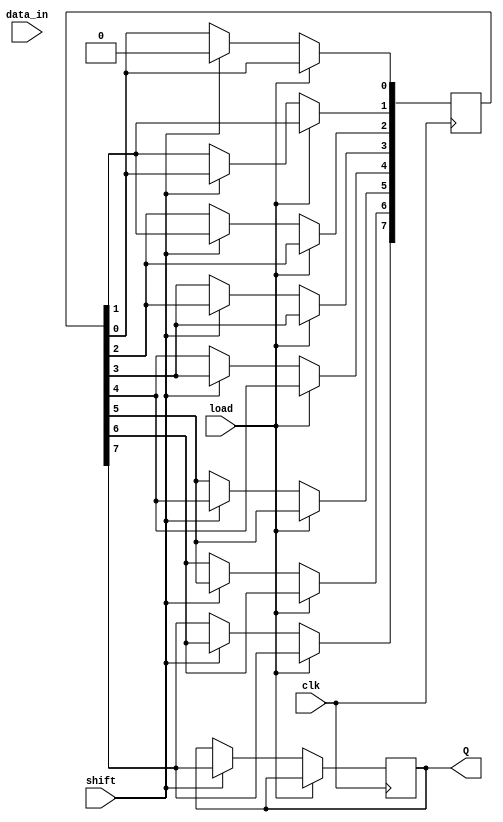
module PISO_Register #(
    parameter N = 8  // Number of bits for parallel input
)(
    input wire clk,        // Clock signal
    input wire load,       // Load control signal
    input wire shift,      // Shift control signal
    input wire [N-1:0] data_in, // Parallel data input
    output reg Q          // Serial output
);

    // Internal registers for two stages
    reg [N-1:0] stage1;    // Stage 1 register
    reg [N-1:0] stage2;    // Stage 2 register
    integer i;             // Loop variable for shifting

    // Sequential logic for loading data and shifting
    always @(posedge clk) begin
        if (load) begin
            // Load data into Stage 1
            stage1 <= data_in;
        end else if (shift) begin
            // Shift data from Stage 1 to Stage 2
            stage2 <= stage1;
            // Shift out the most significant bit of Stage 2
            Q <= stage2[N-1];

            // Shift Stage 2 left by one bit
            for (i = N-1; i > 0; i = i - 1) begin
                stage2[i] <= stage2[i-1];
            end
            stage2[0] <= 1'b0; // Fill the least significant bit with zero
        end
    end

endmodule